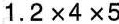
1.2×4×5